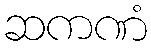
ဆကဏံ